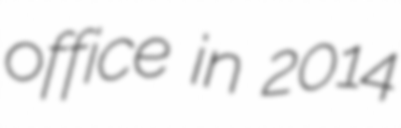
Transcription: office in 2014